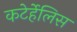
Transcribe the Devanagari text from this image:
कटेर्हेलिस